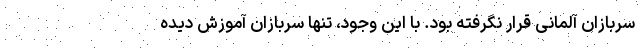
سربازان آلمانی قرار نگرفته بود. با این وجود، تنها سربازان آموزش دیده